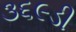
૩૬૯ડી